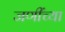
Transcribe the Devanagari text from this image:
जणींच्या